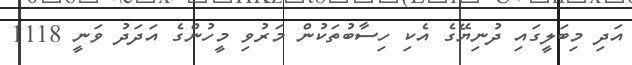
އަދި މިބަލީގައި ދުނިޔޭގެ އެކި ހިސާބުތަކުން މަރުވި މީހުންގެ އަދަދު ވަނީ 1118